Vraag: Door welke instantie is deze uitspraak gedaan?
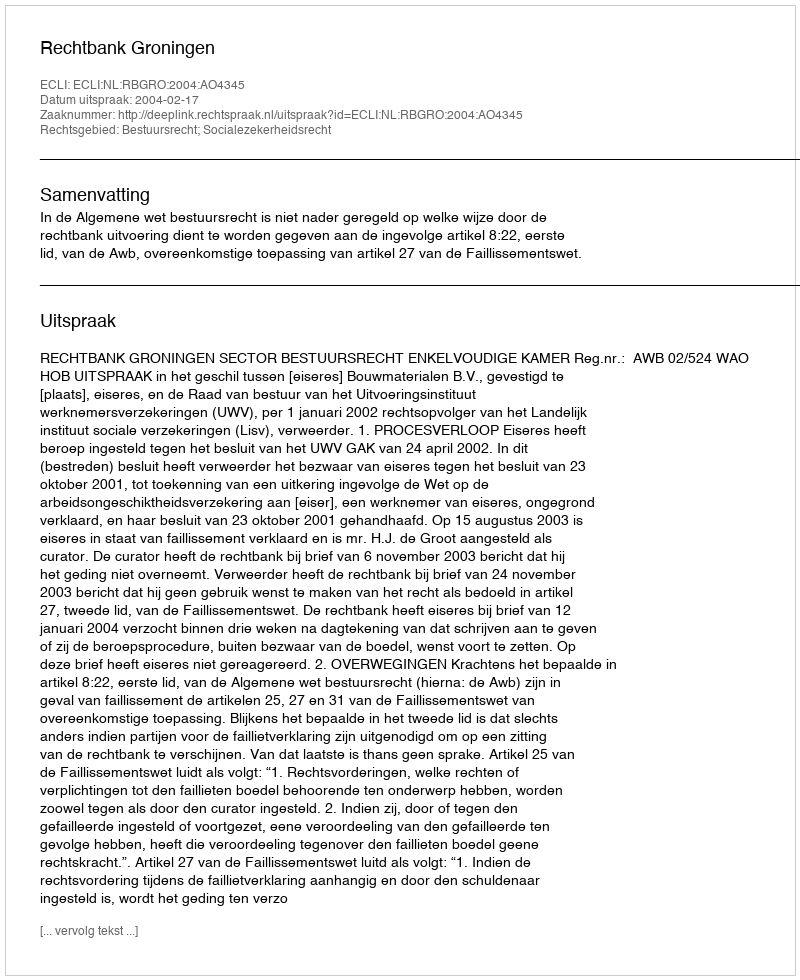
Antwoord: Rechtbank Groningen